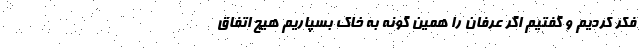
فکر کردیم و گفتیم اگر عرفان را همین گونه به خاک بسپاریم هیچ اتفاق